Tezpur Lunatic Asylum reports 1895-1904 - 1895-1904
Year: 1895
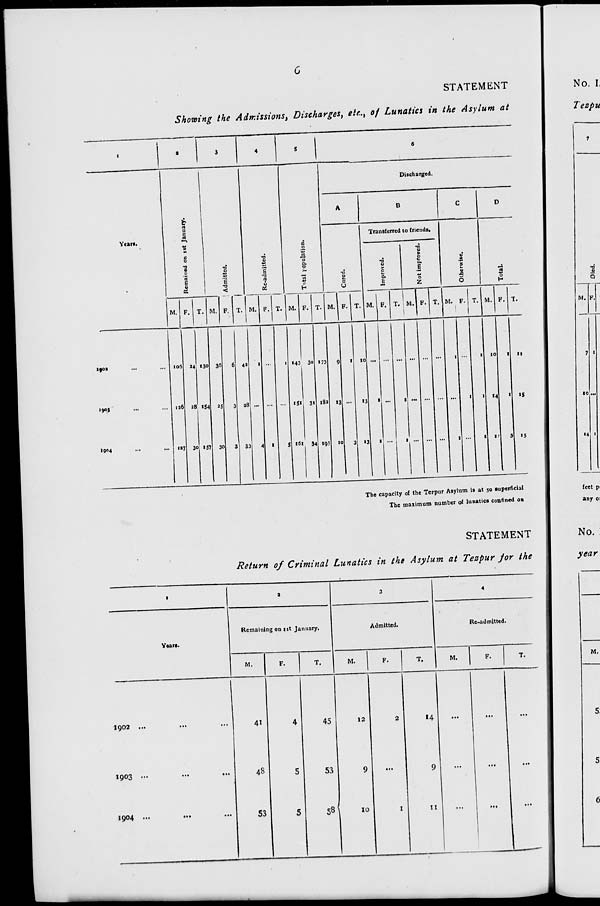
STATEMENT
Showing the Admissions, Discharges, etc. t of Lunatics in the Asylum at
1
I
>
3
4
5
6
cl
9
a
rt
■->
c
0
•s c
'rt
E
V
K
Re-admitted.
B
O
CO
0.
0
73
Discharged.
A
B
C
D
Yews.
u
Transferred to friends.
Olherwise.
•0
V
8
•a
<
t3
u
0
a.
6
•a
0
E
0
a.
E
0
Z
0
H
M. F. T. M. F. T. M. F. T. M. F. T. M. F. T. M. F. T. ;M, F. T. M. F.
1
T. M. F. r.
1903
1904
106
!«7
34
28
30
130
154
1 Si
36
30
6
3
3
4»
38
33
1
4 1
1
5
"43
151
ifii
30
3>
34
173
18a
«95
9
13
to
1
3
1
10
«3
»3
1
t
1
...
I
1
... ...
1
1
1
1
1
1
1
10
«4
1!
1
1
3
11
IS
«5
M.
14
The capacity of the Te*pur Asylum is at so superficial
The maximum number of lunatics confined on
STATEMENT
Return of Criminal Lunatics in the Asylum at Tezpur jor the
I
a
3
4
Years.
Remaining on ist January.
Admitted.
Re-admitted.
M.
F.
T.
M.
F.
T.
M.
1
F.
T.
IQ02 ...
...
...
ig03 •*•
•••
•>»
1904 •••
•••
•••
41
43
S3
4
S
5
45
53
58
12
9
10
2
I
14
9
n
...
,,,
...